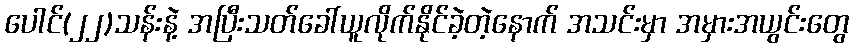
ပေါင်(၂၂)သန်းနဲ့ အပြီးသတ်ခေါ်ယူလိုက်နိုင်ခဲ့တဲ့နောက် အသင်းမှာ အမှားအယွင်းတွေ